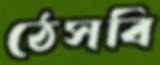
ঠেসবি